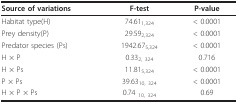
| Source of variations | F-test | P-value |
 | --- | --- | --- |
 | Habitat type(H) | 74.611,324 | < 0.0001 |
 | Prey density(P) | 29.592,324 | < 0.0001 |
 | Predator species (Ps) | 1942.675,324 | < 0.0001 |
 | H × P | 0.332, 324 | 0.716 |
 | H × Ps | 11.815,324 | < 0.0001 |
 | P × Ps | 39.6310, 324 | < 0.0001 |
 | H × P × Ps | 0.74 10, 324 | 0.69 |